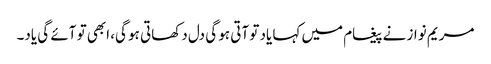
مریم نواز نے پیغام میں کہا یاد تو آتی ہو گی دل دکھاتی ہو گی، ابھی تو آئے گی یاد۔